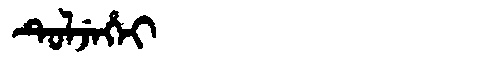
Manchu: ᡨᡠᠯᠵᡝᡥᡝᡳ
Romanization: TULJEHEI